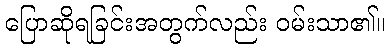
ပြောဆိုရခြင်းအတွက်လည်း ဝမ်းသာ၏။